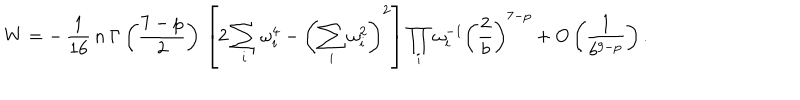
LaTeX: W = - \, \frac { 1 } { 1 6 } \, n \: \Gamma \left( \frac { 7 - p } { 2 } \right) \, \left[ 2 \sum _ { i } \omega _ { i } ^ { 4 } - \left( \sum _ { i } \omega _ { i } ^ { 2 } \right) ^ { 2 } \right] \prod _ { i } \omega _ { i } ^ { - 1 } \left( \frac { 2 } { b } \right) ^ { 7 - p } + O \left( \frac { 1 } { b ^ { 9 - p } } \right) .